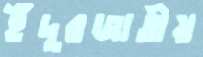
ইঁদুরজাতীয়